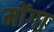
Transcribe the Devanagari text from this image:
मोंगा